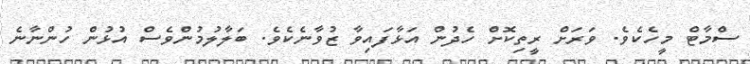
ސްމާޓް މީހެކެވެ. ވަރަށް ރީތިކޮށް ހެދުން އަޅާފައިވާ ޒުވާނެކެވެ. ބަލާލުމުންވެސް އުޅުން ހުންނާނެ